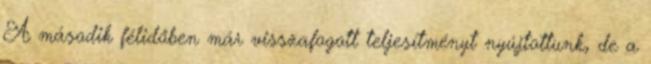
A második félidőben már visszafogott teljesítményt nyújtottunk, de a